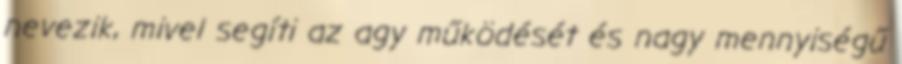
nevezik, mivel segíti az agy működését és nagy mennyiségű